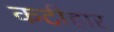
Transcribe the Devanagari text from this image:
कटीहार